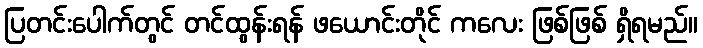
ပြတင်းပေါက်တွင် တင်ထွန်းရန် ဖယောင်းတိုင် ကလေး ဖြစ်ဖြစ် ရှိရမည်။